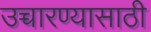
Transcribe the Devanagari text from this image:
उच्चारण्यासाठी